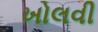
ખોલવી